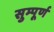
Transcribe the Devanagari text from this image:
सुम्पूर्ण